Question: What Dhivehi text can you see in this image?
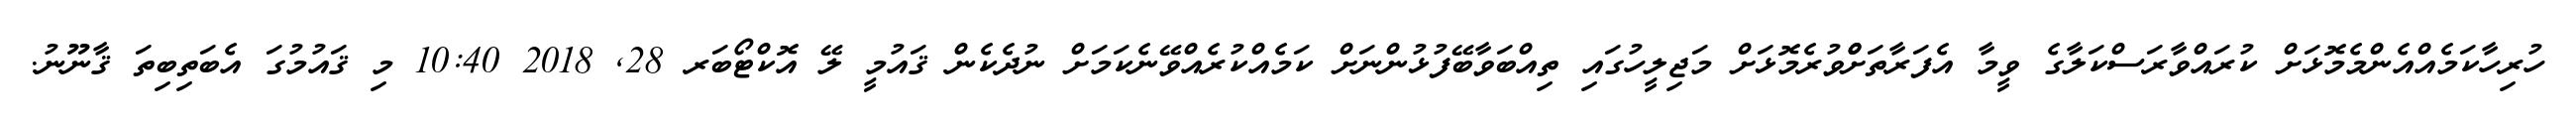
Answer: ހުރިހާކަމެއްއެންމެމޮޅަށް ކުރައްވާރަސްކަލާގެ ވީމާ އެފަރާތަށްްވުރެމޮޅަށް މަޖިލީހުގައި ތިއްބަވާބޭފުޅުންނަށް ކަމެއްކުރެއްވޭނެކަމަށް ނުދެކެން ޤައުމީ ލޭ އޮކްޓޯބަރ 28, 2018 10:40 މި ޤައުމުގަ އެބަތިބިތަ ޤާނޫނު.